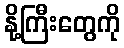
နို့ကြီးတွေကို